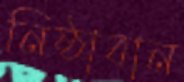
নিষ্ঠাবান